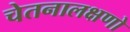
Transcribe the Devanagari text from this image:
चेतनालक्षणो